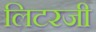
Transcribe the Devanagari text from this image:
लिटरजी